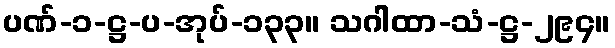
ပဏ်-၁-ဋ္ဌ-ပ-အုပ်-၁၃၃။ သဂါထာ-သံ-ဋ္ဌ-၂၉၄။